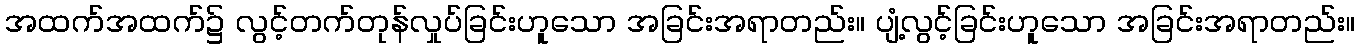
အထက်အထက်၌ လွင့်တက်တုန်လှုပ်ခြင်းဟူသော အခြင်းအရာတည်း။ ပျံ့လွင့်ခြင်းဟူသော အခြင်းအရာတည်း။